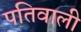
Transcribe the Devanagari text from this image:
पतिवाली